Annual report of the Punjab Veterinary College and of the Civil Veterinary Department, Punjab - 1926-1932
Year: 1926
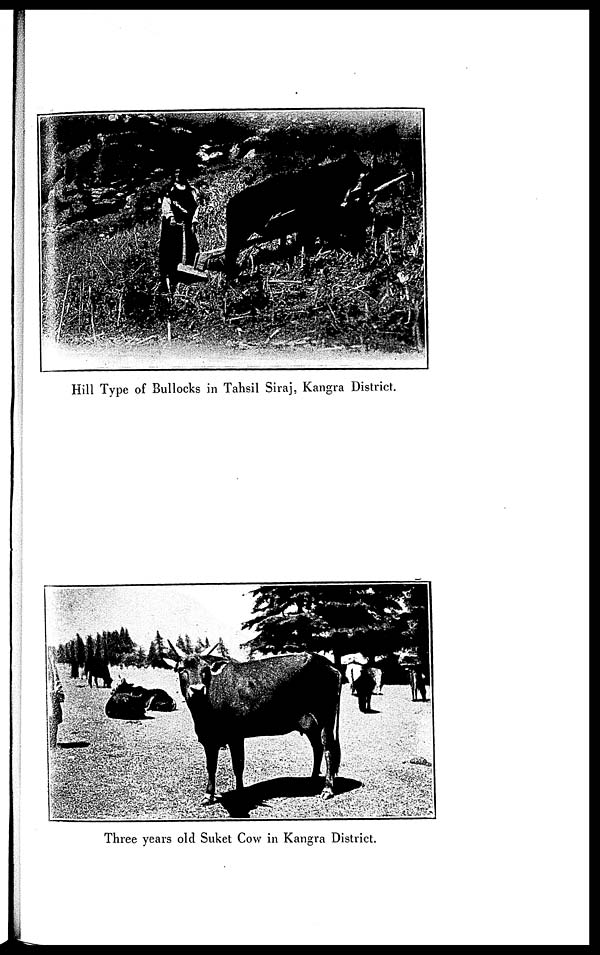
Hill Type of Bullocks in Tahsil Siraj, Kangra District.
Three years old Suket Cow in Kangra District.